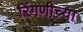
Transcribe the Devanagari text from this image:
रिंगणीच्या